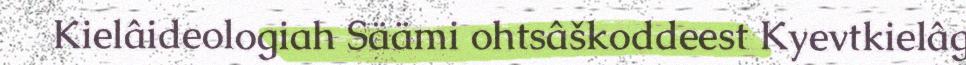
Kielâideologiah Säämi ohtsâškoddeest Kyevtkielâg